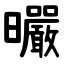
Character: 曮